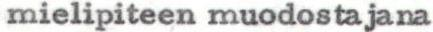
mielipiteen muodostajana